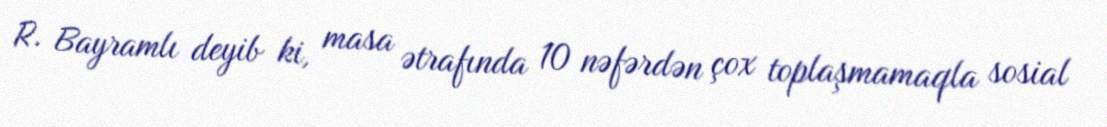
R. Bayramlı deyib ki, masa ətrafında 10 nəfərdən çox toplaşmamaqla sosial